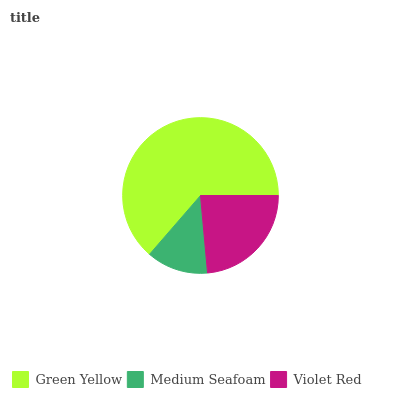
| Green Yellow | Medium Seafoam | Violet Red |
 | --- | --- | --- |
 | 63.6% | 12.8% | 23.5% |